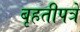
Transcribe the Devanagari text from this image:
बृहतीपत्रे